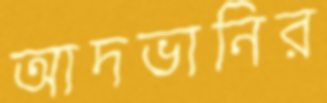
আদভানির